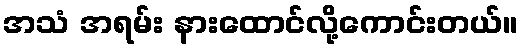
အသံ အရမ်း နားထောင်လို့ကောင်းတယ်။